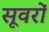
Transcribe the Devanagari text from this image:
सूवरों